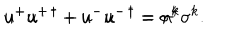
u ^ { + } u ^ { + \, \dagger } + u ^ { - } u ^ { - \, \dagger } = \sigma ^ { 4 } \hspace { 1 . 0 c m } u ^ { + } u ^ { + \, \dagger } - u ^ { - } u ^ { - \, \dagger } = n ^ { k } \sigma ^ { k } .